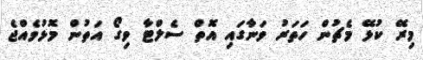
މިރޭ ކުޅޭ މެޗުން ހަތަރު ވަނާގައި އޮތް ސެލްޓާ ވިގޯ އަތުން މޮޅުވެއްޖެ